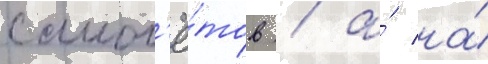
самол'ё́тов / а́ на́